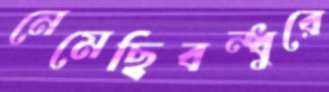
নেমেছিবন্ধুরে